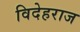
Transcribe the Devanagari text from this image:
विदेहराज